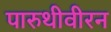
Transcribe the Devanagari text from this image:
पारुथीवीरन